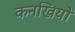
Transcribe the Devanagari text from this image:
कनखियों